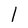
Character: I